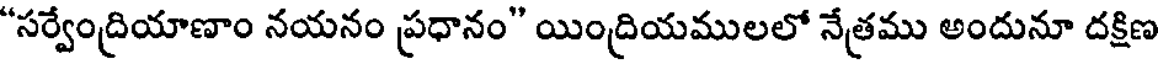
"సర్వేంద్రియాణాం నయనం ప్రధానం" యింద్రియములలో నేత్రము అందునూ దక్షిణ